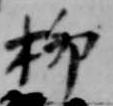
柳